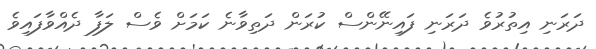
ދަރަނި އިތުރުވެ ދަރަނި ފައިނޭންސް ކުރަން ދަތިވާނެ ކަމަށް ވެސް ލަފާ ދެއްވާފައިވެ